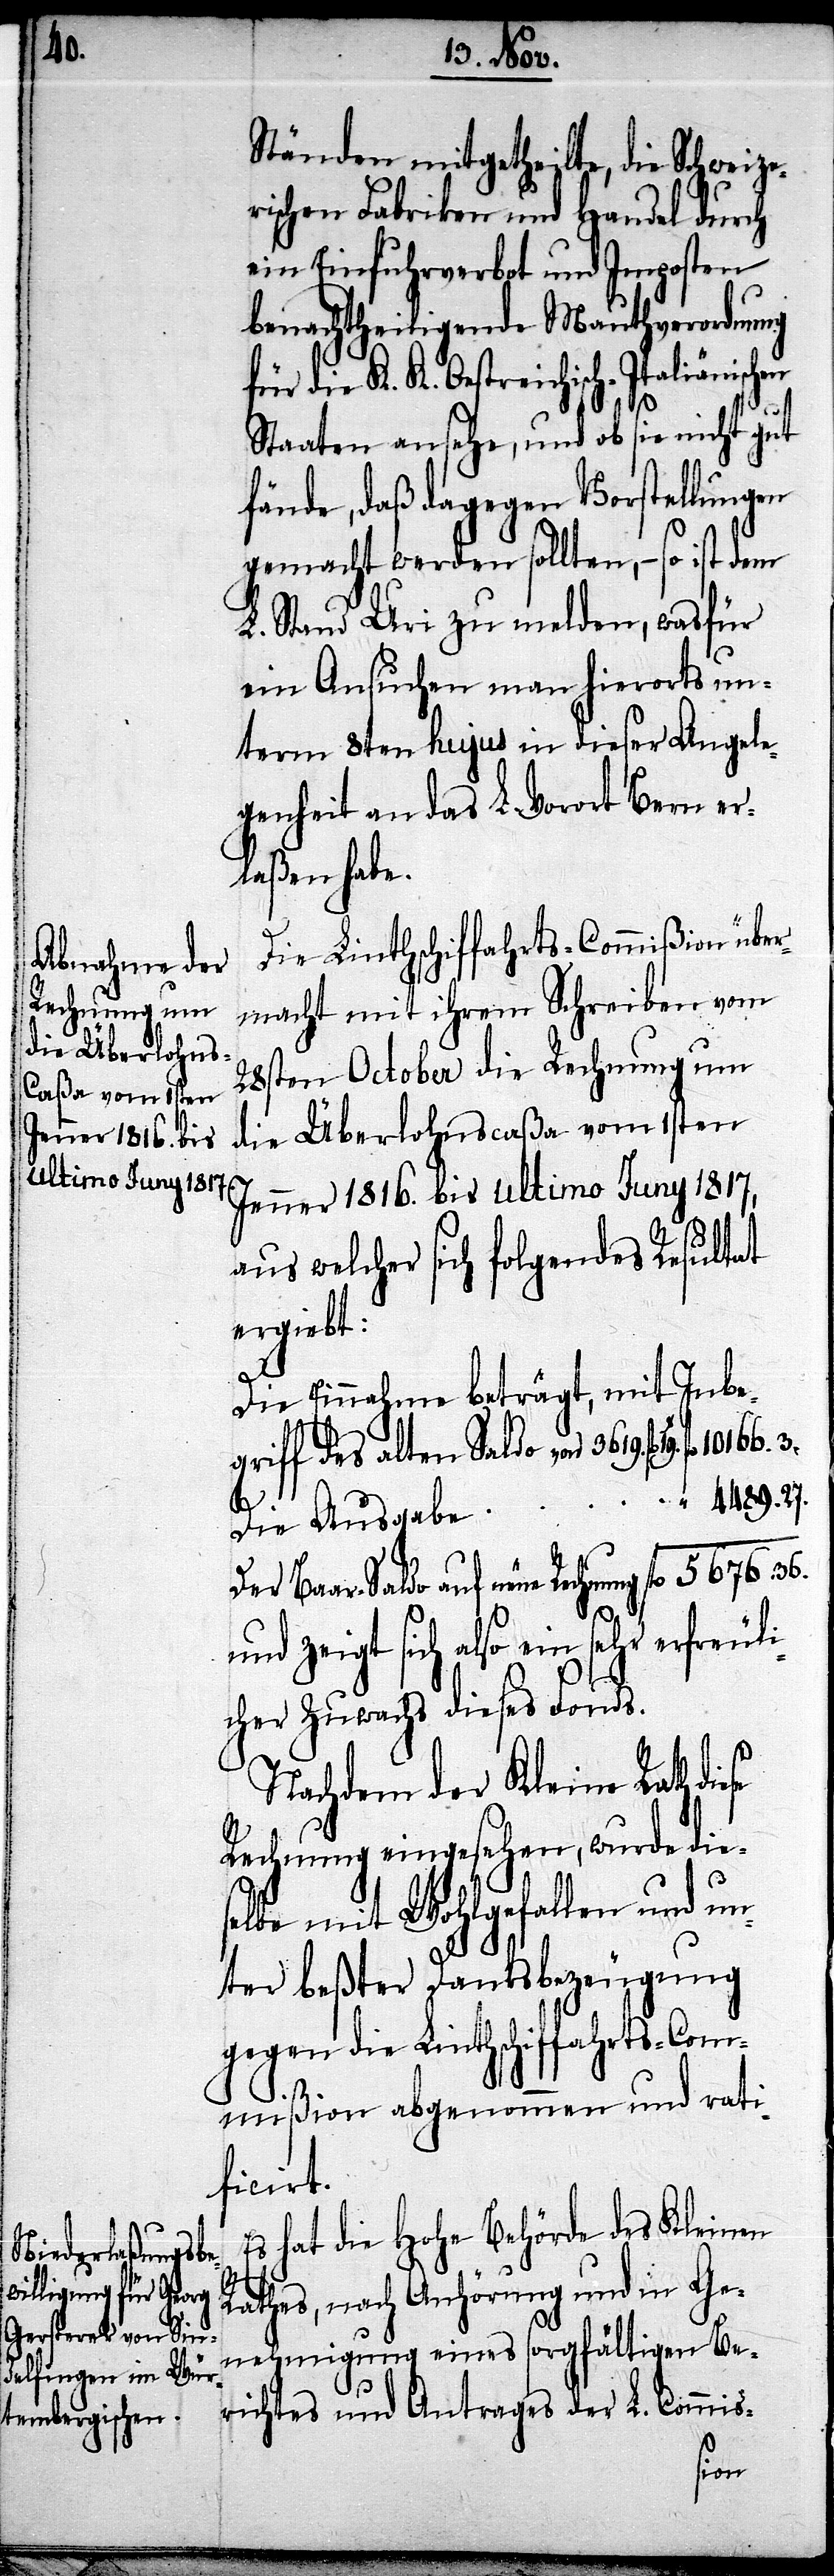
Ständen mitgetheilte, die Schweize¬
rischen Fabriken und Handel durch
ein Einfuhrverbot und Imposten
benachtheiligende Mauthverordnung
die K. K. Oestreichisch-Italiänisch¬
Staaten ansehe, und ob sie nicht gut
fände, daß dagegen Vorstellungen
gemacht werden sollen, – so ist dem
L. Stand Uri zu melden, wasfür
ein Ansuchen man hierorts un¬
term 8ten hujus in dieser Angele¬
genheit an das L. Vorort Bern er¬
laßen habe.
Die Linthschiffahrts-Commißion über¬
macht mit ihrem Schreiben vom
28sten October die Rechnung um
die Überlohnscaßa vom 1sten
Jenner 1816. bis ultimo Juny 1817,
aus welcher sich folgendes Resultat
ergiebt:
Die Einnahme beträgt, mit Inbe¬
griff des alten Saldo von 3619. fl. 19.
4489.27.
Der Baar-Saldo auf neue Rechnung
und zeigt sich also ein sehr erfreuli¬
cher Zuwachs dieses Fonds.
Nachdem der Kleine Rath die¬
Rechnung eingesehen, wurde die¬
selbe mit Wohlgefallen und un¬
ter beßter Danksbezeugung
gegen die Linthschiffahrts-Com¬
mißion abgenommen und rati¬
ficirt.
Es hat die Hohe Behörde des Kleinen
Rathes, nach Anhörung und in Ge¬
nehmigung eines sorgfältigen Be¬
richtes und Antrages der L. Comis-
se